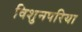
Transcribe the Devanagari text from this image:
विशुनपरिया